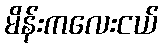
မိန်းကလေးငယ်